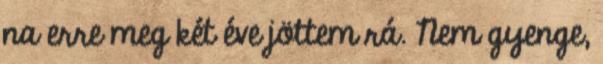
na erre meg két éve jöttem rá. Nem gyenge,